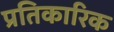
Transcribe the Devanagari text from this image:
प्रतिकारिक